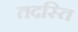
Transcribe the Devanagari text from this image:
तदस्ति